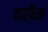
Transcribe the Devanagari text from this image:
कहीम